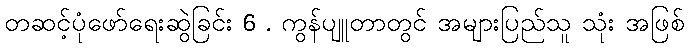
တဆင့်ပုံဖော်ရေးဆွဲခြင်း 6 . ကွန်ပျူတာတွင် အများပြည်သူ သုံး အဖြစ်